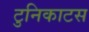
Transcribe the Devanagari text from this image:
टुनिकाटस